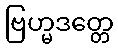
ဗြဟ္မဒတ္တေ